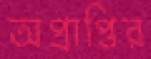
অপ্রাপ্তির